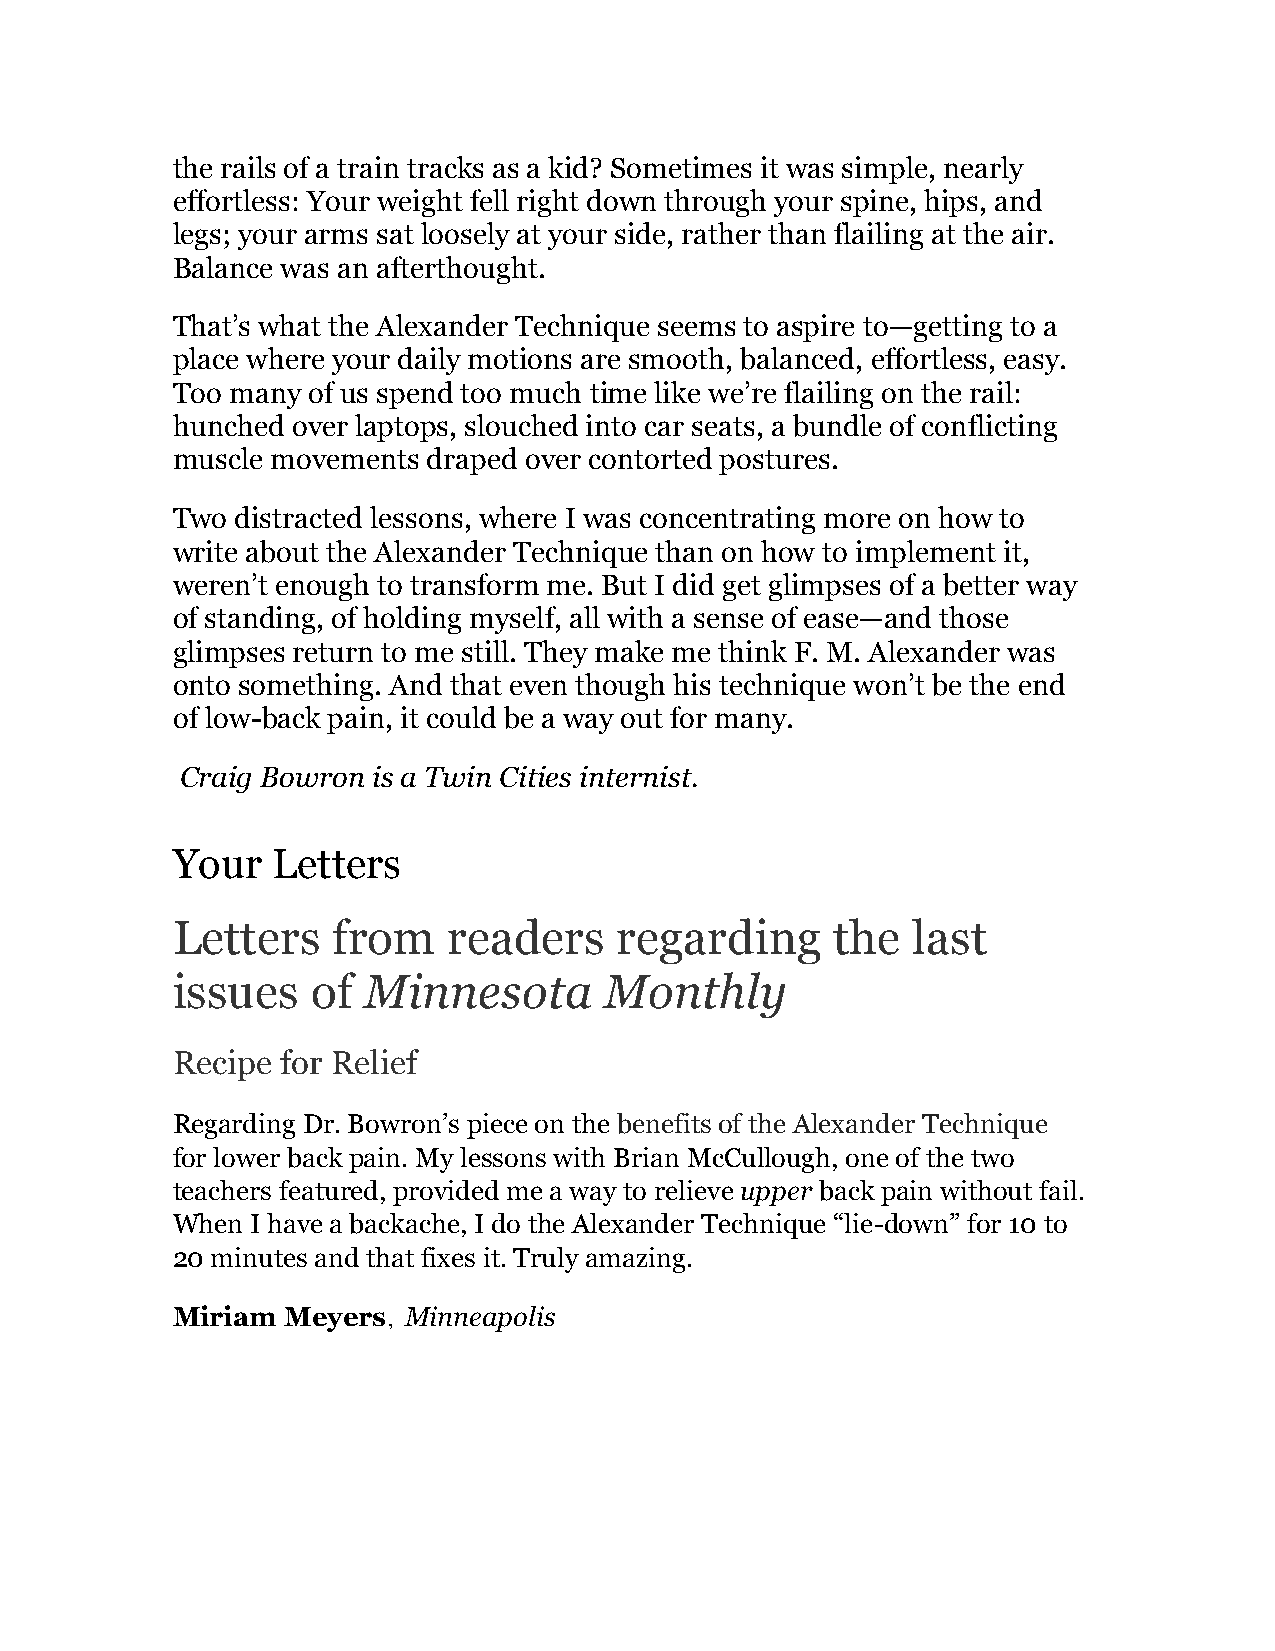
the rails of a train tracks as a kid? Sometimes it was simple, nearly
 effortless: Your weight fell right down through your spine, hips, and
 legs; your arms sat loosely at your side, rather than flailing at the air.
 Balance was an afterthought.
 That’s what the Alexander Technique seems to aspire to—getting to a
 place where your daily motions are smooth, balanced, effortless, easy.
 Too many of us spend too much time like we’re flailing on the rail:
 hunched over laptops, slouched into car seats, a bundle of conflicting
 muscle movements draped over contorted postures.
 Two  distracted lessons, where I was concentrating more on how to
 write about the Alexander Technique than on how to implement it,
 weren’t enough to transform me. But I did get glimpses of a better way
 of standing, of holding myself, all with a sense of ease—and those
 glimpses return to me still. They make me think F. M. Alexander was
 onto something. And that even though his technique won’t be the end
 of low-back pain, it could be a way out for many.
 Craig Bowron is a Twin Cities internist.
 Your   Letters
 Letters    from    readers    regarding     the  last
 issues    of Minnesota       Monthly
 Recipe  for Relief
 Regarding Dr. Bowron’s piece on the benefits of the Alexander Technique
 for lower back pain. My lessons with Brian McCullough, one of the two
 teachers featured, provided me a way to relieve upper back pain without fail.
 When  I have a backache, I do the Alexander Technique “lie-down” for 10 to
 20 minutes and that fixes it. Truly amazing.
 Miriam  Meyers, Minneapolis